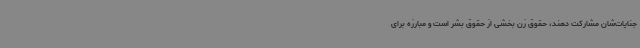
جنایات‌شان مشارکت دهند، حقوق زن بخشی از حقوق بشر است و مبارزه برای